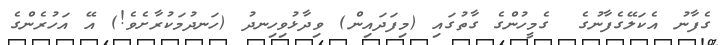
ގެފާނު އެކަލޭގެފާނުގެ  ގެމީހުންގެ ގާތުގައި (މިފަދައިން) ވިދާޅުވިހިނދު (ހަނދުމަކުރާށެވެ!) އޭ އަހުރެންގެ